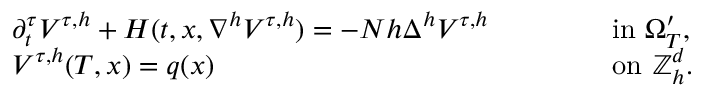
\begin{array} { r l r l } & { \partial _ { t } ^ { \tau } V ^ { \tau , h } + H ( t , x , \nabla ^ { h } V ^ { \tau , h } ) = - N h \Delta ^ { h } V ^ { \tau , h } \qquad } & & { \mathrm { ~ i n ~ } \Omega _ { T } ^ { \prime } , } \\ & { V ^ { \tau , h } ( T , x ) = q ( x ) \qquad } & & { \mathrm { ~ o n ~ } { \mathbb { Z } } _ { h } ^ { d } . } \end{array}